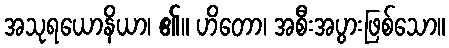
အသုရယောနိယာ၊ ၏။ ဟိတော၊ အစီးအပွားဖြစ်သော။